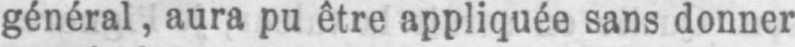
général, aura pu être appliquée sans donner